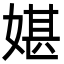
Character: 媅